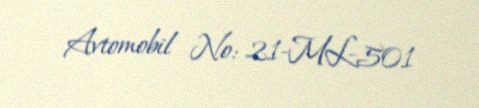
Avtomobil №: 21-ML-501